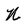
Character: N